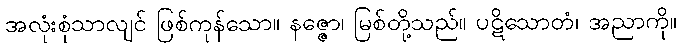
အလုံးစုံသာလျင် ဖြစ်ကုန်သော။ နဇ္ဇော၊ မြစ်တို့သည်။ ပဋိသောတံ၊ အညာကို။